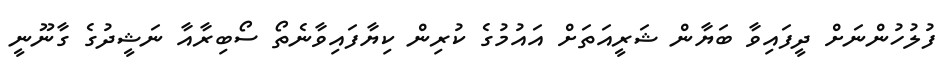
ފުލުހުންނަށް ދީފައިވާ ބަޔާން ޝަރީއަތަށް އައުމުގެ ކުރިން ކިޔާފައިވާނެތޯ ސޯބިރާއާ ނަޝީދުގެ ގާނޫނީ